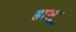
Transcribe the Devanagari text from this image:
हालू